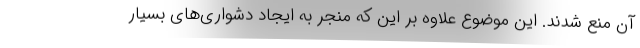
آن منع شدند. این موضوع علاوه بر این که منجر به ایجاد دشواری‌های بسیار